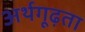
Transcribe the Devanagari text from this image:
अर्थगूढ़ता